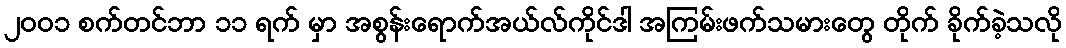
၂၀၀၁ စက်တင်ဘာ ၁၁ ရက် မှာ အစွန်းရောက်အယ်လ်ကိုင်ဒါ အကြမ်းဖက်သမားတွေ တိုက် ခိုက်ခဲ့သလို